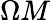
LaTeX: \Omega M